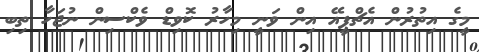
މީގެ އިތުރުން އެޗްޕީއޭ އިން ވަނީ މިހާރު ކޮވިޑް ވެކްސިން ނުޖަހާ ތިބި